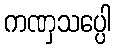
ကဏှသပ္ပေါ